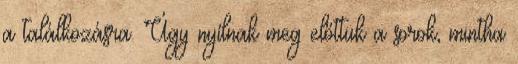
a találkozásra. Úgy nyílnak meg előttük a sorok, mintha